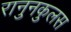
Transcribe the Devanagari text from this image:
रानुनकुलस